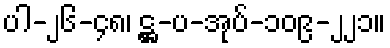
ပါ-၂၆-၄၈၊ ဋ္ဌ-ပ-အုပ်-၁၀၉-၂၂၁။